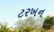
ટરખન